Leaving Certificate Examination, 1906
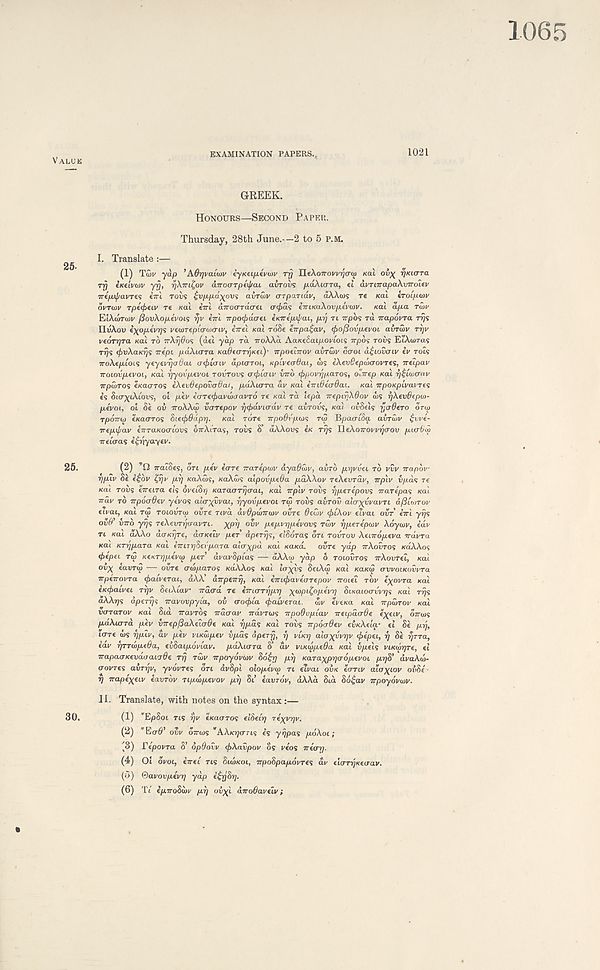
EXAMINATION PAPERS.,,
1021
GREEK.
HONOURS—SECOND PAPER.
Thursday, 28th June.—2 to 5 P.M.
I. Translate :—
(1) Toov yap ’AOrjvaLtov eyKtipevoiv rrj IleAoTrovvijcra) Kal oi\ fjiacrTa
rrj iKtlvwv yfj, rjXTntpv an oarp tiff ai avrovs pdXiara, et avnnapaXvnolev
ntpApavrfS ini TOVS ^vppd^ovi avrtov crrparidi/, dAAws re KOU irolptuv
ovrutv rpefaw re xat e7rt dnoardcm acjid^ iniKaXovp.tv<i)v.
KM. apa riXv
EiXajrajv PovXopevoLS rjv ini npocfrdcrei exTre/xt/'ca, pry rt Trpos rd napovra ■nji
IldAoe e^opeviys vetorepicraiaiv, in el KM rdSe enpa^av, epo/Sovpevoi avrwv rr/v
veorrjra KO.1 TO nXrjOos (del yap ra noXXa. Aa/ce6atporiots Trpos rods EtAuiras
rrys ejivXaKrj’; nepi pilXurra KaOtcrripKti)- npoelnov avrwv dcroi d£iovcriv iv rots
TroAepiois yeyevrjoOaL crtfriaiv apiarroi, Kpcveo-Oai, ws iXevQepdxrovTts, neipav
noiovpevoL, Kal rjyovpevoi rovrovs aefiicnv inb cftpovr'jparos, olnep KM rj^iwcrav
TTpcuros eKacrros iXevOepovadai, paXurra dv Kal intOeardai. Kal npOKpivavres
is Sicr^tAtovs, oi pev iarecfiavutaavro re Kal ra Upa nepirjX6ov UJS rjXevGepaj-
pevoi, ol 8e ov noXXw vcrrepov rj<j)dvicrdv re avrovs, KUI ovSels rjcrGero oru>
rpdnoj eKacrros 8iecf>6apr].
KO.1 rdre npoOvpois TGJ Bpao-tda abrwv £vvi-
nepij/av enraKocriovs onXiras, rovs S’ dXXovs iK rrjs lleXonovvrjcrov picrtiw
neicras i^pyayev.
(2)
naides, bn pev icrre narepiov dya6d>v, avrb prjvvet rb vvv napbv
r/plv Se e£bv ^rjp pi] KaXlbs, KOXWS alpovpeOa pdXXov reXevrdv, nplv vpds re
Kal rovs eneira els SveiSr, Karacrrrjaai, Kal nplv rovs r/perepovs narepas Kal
ndv rb npocrOev yevos alayyvai, r/yovpevoi rw rovs avrov aicryyvavn a(5l<nrov
ecvai, Kal r<3 roiovrco ovre nva avOpuincov ovre 6eC>v <f>iXov eivai ovr ini yrjs
ovO’ vnb yrjs reXeimjcravri. ypi] ovv pepvrjpevovs rtbv r/perepwv Xoycov, iav
n Kal dXXo daKrjre, daKelv per dperrjs, elSbras on rovrov Xembpeva ndvra
KUL Krrjpara Kal innrjSevpara alaypd Kal KUKO.
ovre yap nXovros KaXXos
0epet rw KeKrrjpevw per dvavbpias — aXXw yap 6 roiovros nXovrel, KOI
oiyx eavrw ■— ovre awparos KaXXos Kal layvs SeiXw /cat KUKW avvoiKovvra
npenovra cjraiverai, dAA dnpenrj, Kal inujyavearepov noiel rbv eyovra Kal
iKcfrawei rijv SetAtav nacrd re inicrrtjpr) ywpitppevr] biKaioavvrjs /cat riys
dXXrjs aperrjs navovpyia, ov crocfria (pau/erai.
wv eveKa Kal npwrov Kal
vcrrarov Kai Sid navrbs ndcrav ndvrws npodvpiav neipdcrde fyeiv, onws
pdXurrd pev vnepjSaXeloQe /cat rjpds Kal rovs npocrOev evKXela.- el Se prj,
tcrre ws rjpiv, av pev viKwpev vpds apery, f] vUr] aloyyvyv cfrepei, r] Se rjrra,
iav rjrrwpeOa, evSaipoviav. pdXurra S’ dit viKwpeda /cat vpels viKwrjre, el
napacTKevdijavyOe rrj rwv npoydvwv 86£rj pi] Karayprjcropevoi prjb’ dvaXw-
aovres avrrjv, yvovres bn dvSpt olopevw n eivai OVK ecrnv atayiov odSe'
r) napeyeiv eavrbv npwpevov pi] St’ eavrov, aXXa Std Sd^av npoyovwv.
II. Translate, with notes on the syntax:—
(1) "EpSot ns rjv e/caaros eiSeny reyyrjv.
(2) *E<T$’ OVV bnws ’’AA/oycrns es yijpas poXoi;
(3) repovra S’ SpOoiiv cf>Xavpov os veos near).
(4) Ol bvoi, inei ns SIWKOI, npobpapovres dv eiaryKeorav.
(o) ®avovpevrj yap i£rjbr].
(6) Tt ipnoSwv pi] ob)(l dnoOavelv;